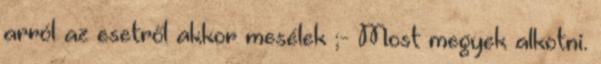
arról az esetről akkor mesélek ;- Most megyek alkotni.